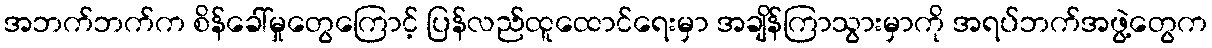
အဘက်ဘက်က စိန်ခေါ်မှုတွေကြောင့် ပြန်လည်ထူထောင်ရေးမှာ အချိန်ကြာသွားမှာကို အရပ်ဘက်အဖွဲ့တွေက